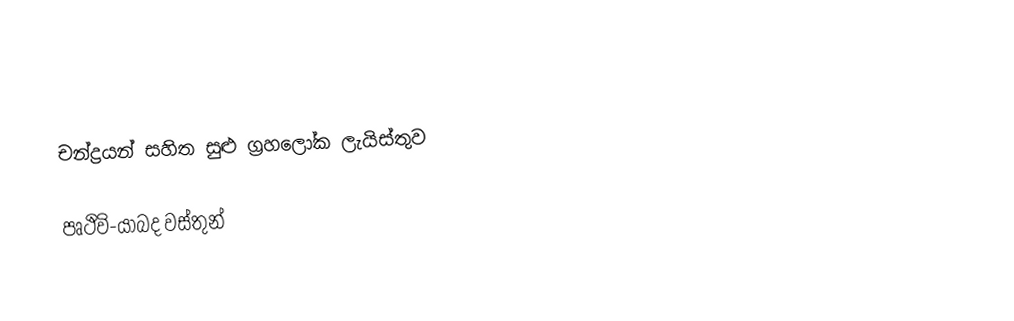

චන්ද්‍රයන් සහිත සුළු ග්‍රහලෝක ලැයිස්තුව

පෘථිවි-යාබද වස්තුන්